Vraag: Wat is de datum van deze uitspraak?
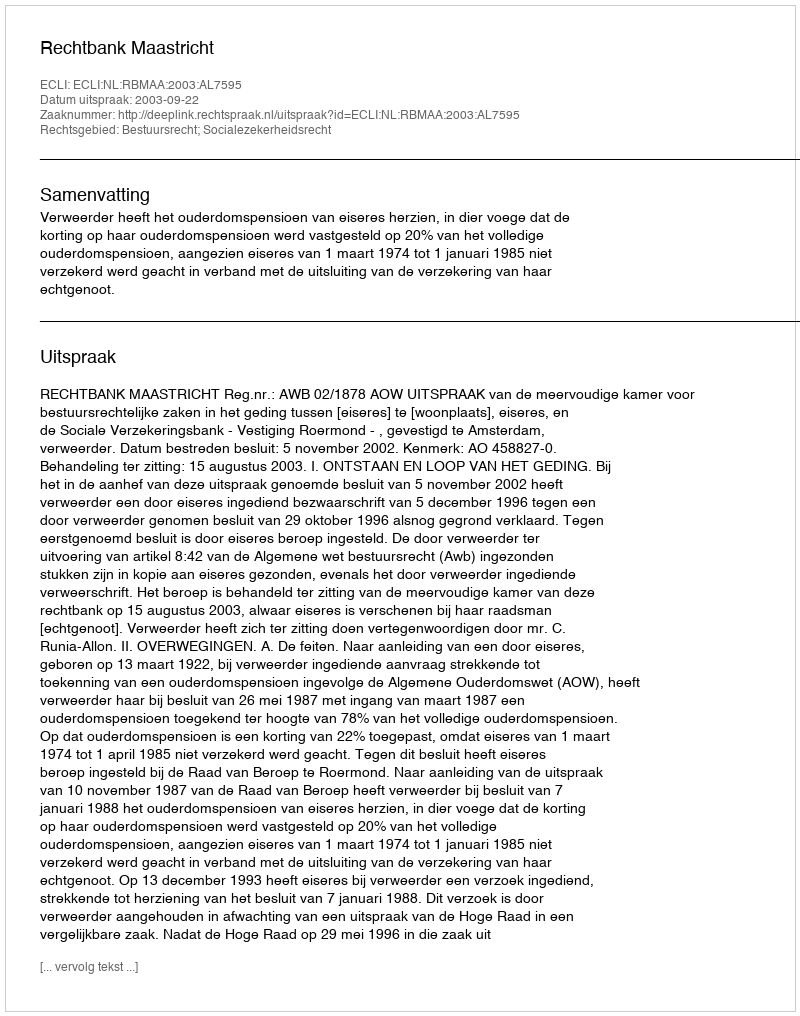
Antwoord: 2003-09-22